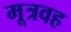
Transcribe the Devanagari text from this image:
मूत्रवह